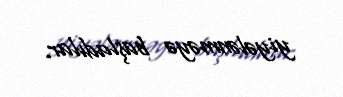
yiyələnməyə başladılar.